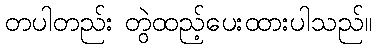
တပါတည်း တွဲထည့်ပေးထားပါသည်။